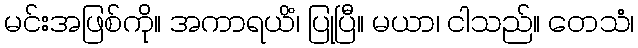
မင်းအဖြစ်ကို။ အကာရယိံ၊ ပြုပြီ။ မယာ၊ ငါသည်။ တေသံ၊